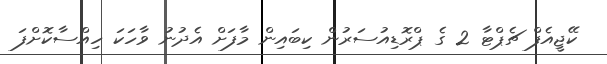
ކޭޖީއެފް ޗެޕްޓާ 2 ގެ ޕްރޮޑިއުސަރުން ކިބައިން މާފަށް އެދުނު ވާހަކަ ހިއްސާކޮށްފަ